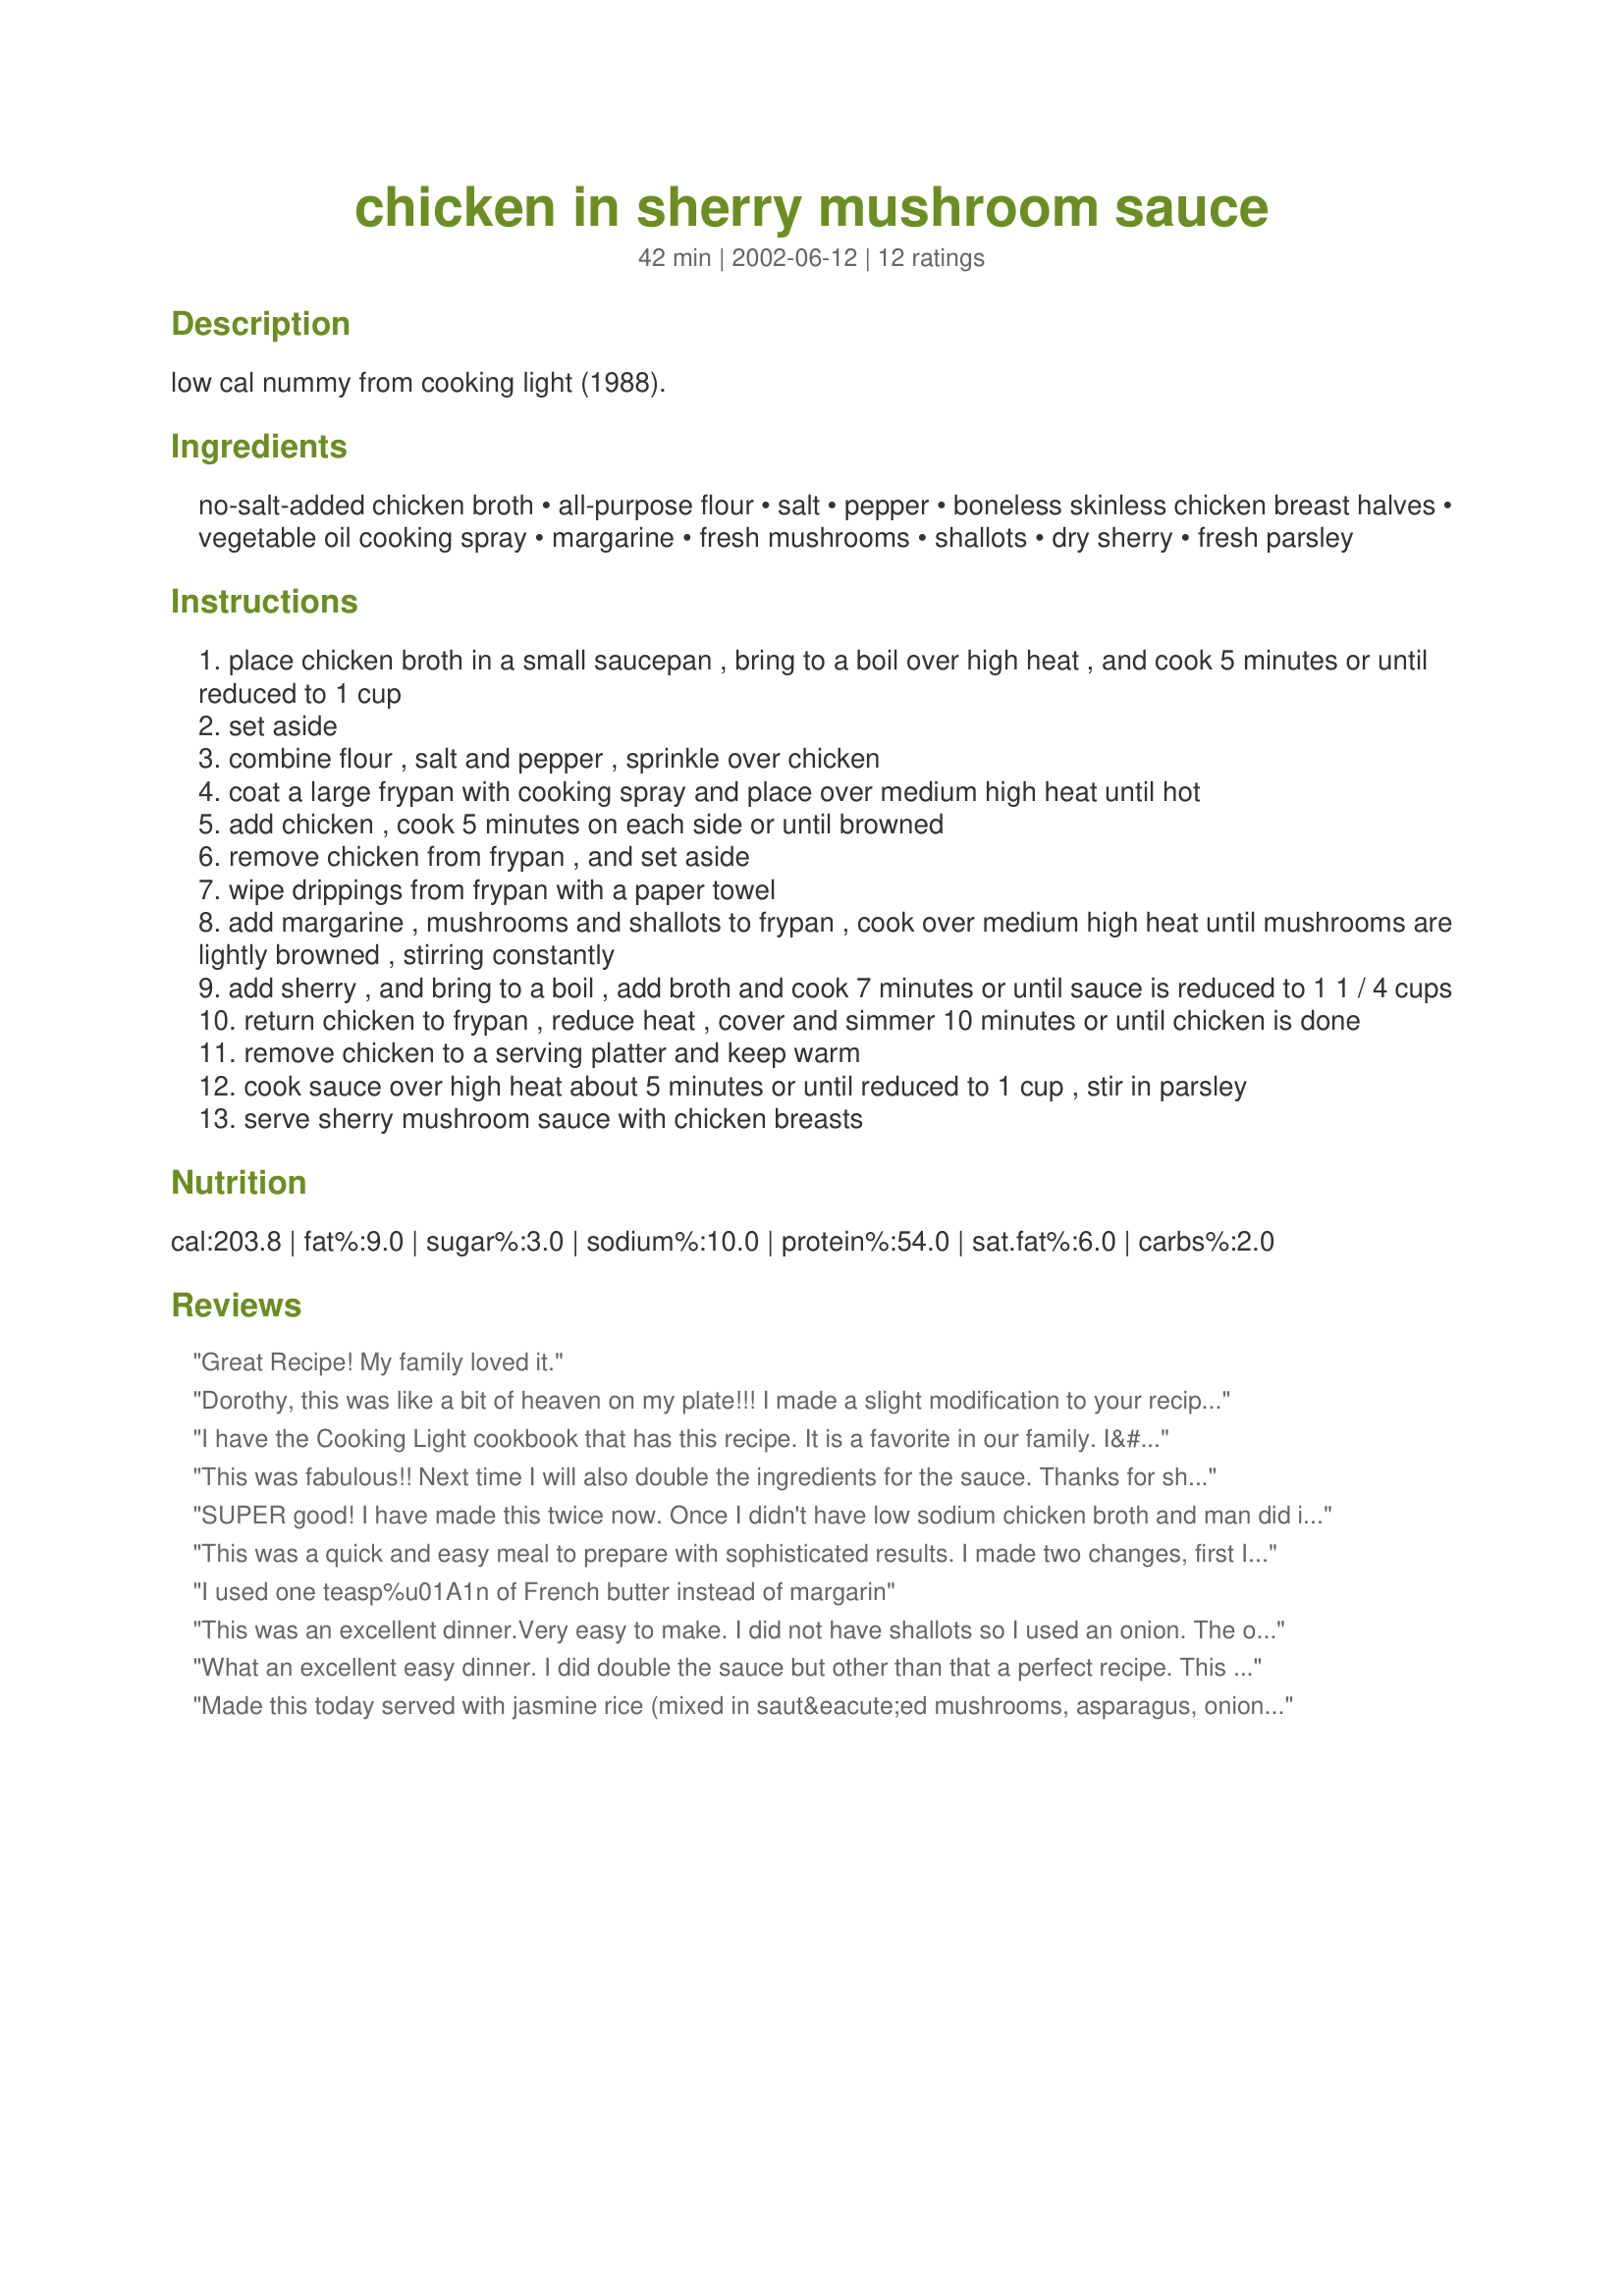
chicken in sherry mushroom sauce
Preparation time: 42 minutes

low cal nummy from cooking light (1988).

Ingredients:
no-salt-added chicken broth, all-purpose flour, salt, pepper, boneless skinless chicken breast halves, vegetable oil cooking spray, margarine, fresh mushrooms, shallots, dry sherry, fresh parsley

Steps:
place chicken broth in a small saucepan , bring to a boil over high heat , and cook 5 minutes or until reduced to 1 cup
set aside
combine flour , salt and pepper , sprinkle over chicken
coat a large frypan with cooking spray and place over medium high heat until hot
add chicken , cook 5 minutes on each side or until browned
remove chicken from frypan , and set aside
wipe drippings from frypan with a paper towel
add margarine , mushrooms and shallots to frypan , cook over medium high heat until mushrooms are lightly browned , stirring constantly
add sherry , and bring to a boil , add broth and cook 7 minutes or until sauce is reduced to 1 1 / 4 cups
return chicken to frypan , reduce heat , cover and simmer 10 minutes or until chicken is done
remove chicken to a serving platter and keep warm
cook sauce over high heat about 5 minutes or until reduced to 1 cup , stir in parsley
serve sherry mushroom sauce with chicken breasts

Reviews:
Great Recipe! My family loved it.
Dorothy, this was like a bit of heaven on my plate!!! I made a slight modification to your recipe. My local market had skinless-boneless turkey breast which I sliced into cutlets and used instead of chicken. My kids won't eat mushrooms (can you believe that ?!?!), but they loved the sauce, and it left more mushrooms for hubby and I. I served it with a rice pilaf and broccolli, and they all raved about this one! Wonderful recipe.
I have the Cooking Light cookbook that has this recipe. It is a favorite in our family. I&#039;ve made it for 20 years now. I like to serve it with steamed broccoli with orange sauce on it (recipe also in that book). I like the chicken and sauce on rice, but once I made Alfredo noodles and my husband now expects that as a side dish. I&#039;ve learned to make that &#039;light&#039;, too. Using this recipe again tonight since the cookbooks are packed away. Thanks, Food.com!
This was fabulous!! Next time I will also double the ingredients for the sauce. 

Thanks for sharing Derf!
SUPER good! I have made this twice now. Once I didn't have low sodium chicken broth and man did it make a difference! Definitely stick to the recipe. As one other reviewer stated, a low-maintenance yet sophisticated dish. I always have most of the ingredients on hand so that is another plus! I haven't tried it yet, but I bet serving with some super creamy mashed potatoes would be awesome!
This was a quick and easy meal to prepare with sophisticated results. I made two changes, first I sliced the chicken breasts into 2 thin fillets each ,which cut down on the cooking time and I also left out the margarine. I especially liked the mushroom sherry sauce which reduced and thickened for a delicious sauce. Thank you Derf for sharing the recipe.
I used one teasp%u01A1n of French butter instead of margarin
This was an excellent dinner.Very easy to make. I did not have shallots so I used an onion.
The only thing I would do different is to double the ingredients for the sauce because there just wasn't enough! I served this with white rice and poured the sauce over the rice. I will definitely make this again. Thanks for a great recipe!
What an excellent easy dinner. I did double the sauce but other than that a perfect recipe. This will be add to our dinner rotation. Thanks again for for a great recipe. Made for Spring PAC 2008.
Made this today served with jasmine rice (mixed in saut&eacute;ed mushrooms, asparagus, onion and garlic), roasted Brussels sprouts. It was AMAZING, my picky eater loved it as well and even asked for seconds. It was so easy to make, I prepped at noon and took a 2 hour break, I even had time to make homemade chocolate chip cookies then started dinner at 4:30, everyone ate by 5:30! Easy clean up too... this is all that is left
Like Derf says, Nummy! 
Although this dish isn't highly spiced, it is comfort food at it's best. The only changes made, where using bone-in chicken breasts, and I was out of shallots, so I chopped up some sweet onion. Served with jasmine rice and carrot coins, it was a lovely warming supper for a cold Sunday night!
This was excellent. The only change I made was adding some carrots to the mushrooms. The sauce was extremely tasty.
